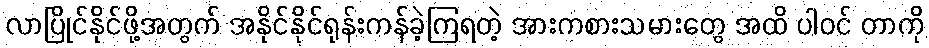
လာပြိုင်နိုင်ဖို့အတွက် အနိုင်နိုင်ရုန်းကန်ခဲ့ကြရတဲ့ အားကစားသမားတွေ အထိ ပါဝင် တာကို